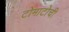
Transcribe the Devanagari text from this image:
टोमाटोची